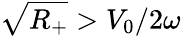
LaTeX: \sqrt{R_{+}}>V_{0}/2\omega